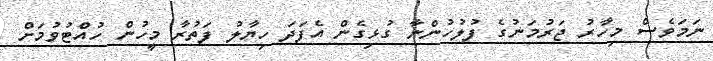
ނަމަވެސް މިހާރު ޖަރުމަނުގެ ފުލުހުންނާ ގުޅިގެން އެފަދަ ހިޔާލު ފަތުރާ މީހުން ހުއްޓުވުމަށް